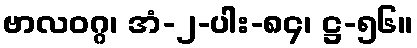
ဗာလဝဂ္ဂ၊ အံ-၂-ပါး-၈၄၊ ဋ္ဌ-၅၆။